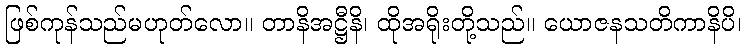
ဖြစ်ကုန်သည်မဟုတ်လော။ တာနိအဋ္ဌီနိ၊ ထိုအရိုးတို့သည်။ ယောဇနသတိကာနိပိ၊